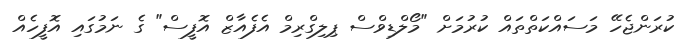
ކުރަންޖެހޭ މަސައްކަތްތައް ކުރުމަށް "މޯލްޑިވްސް ޕިލިގްރިމް އެފެއާޒް އޮފީސް" ގެ ނަމުގައި އޮފީހެއް